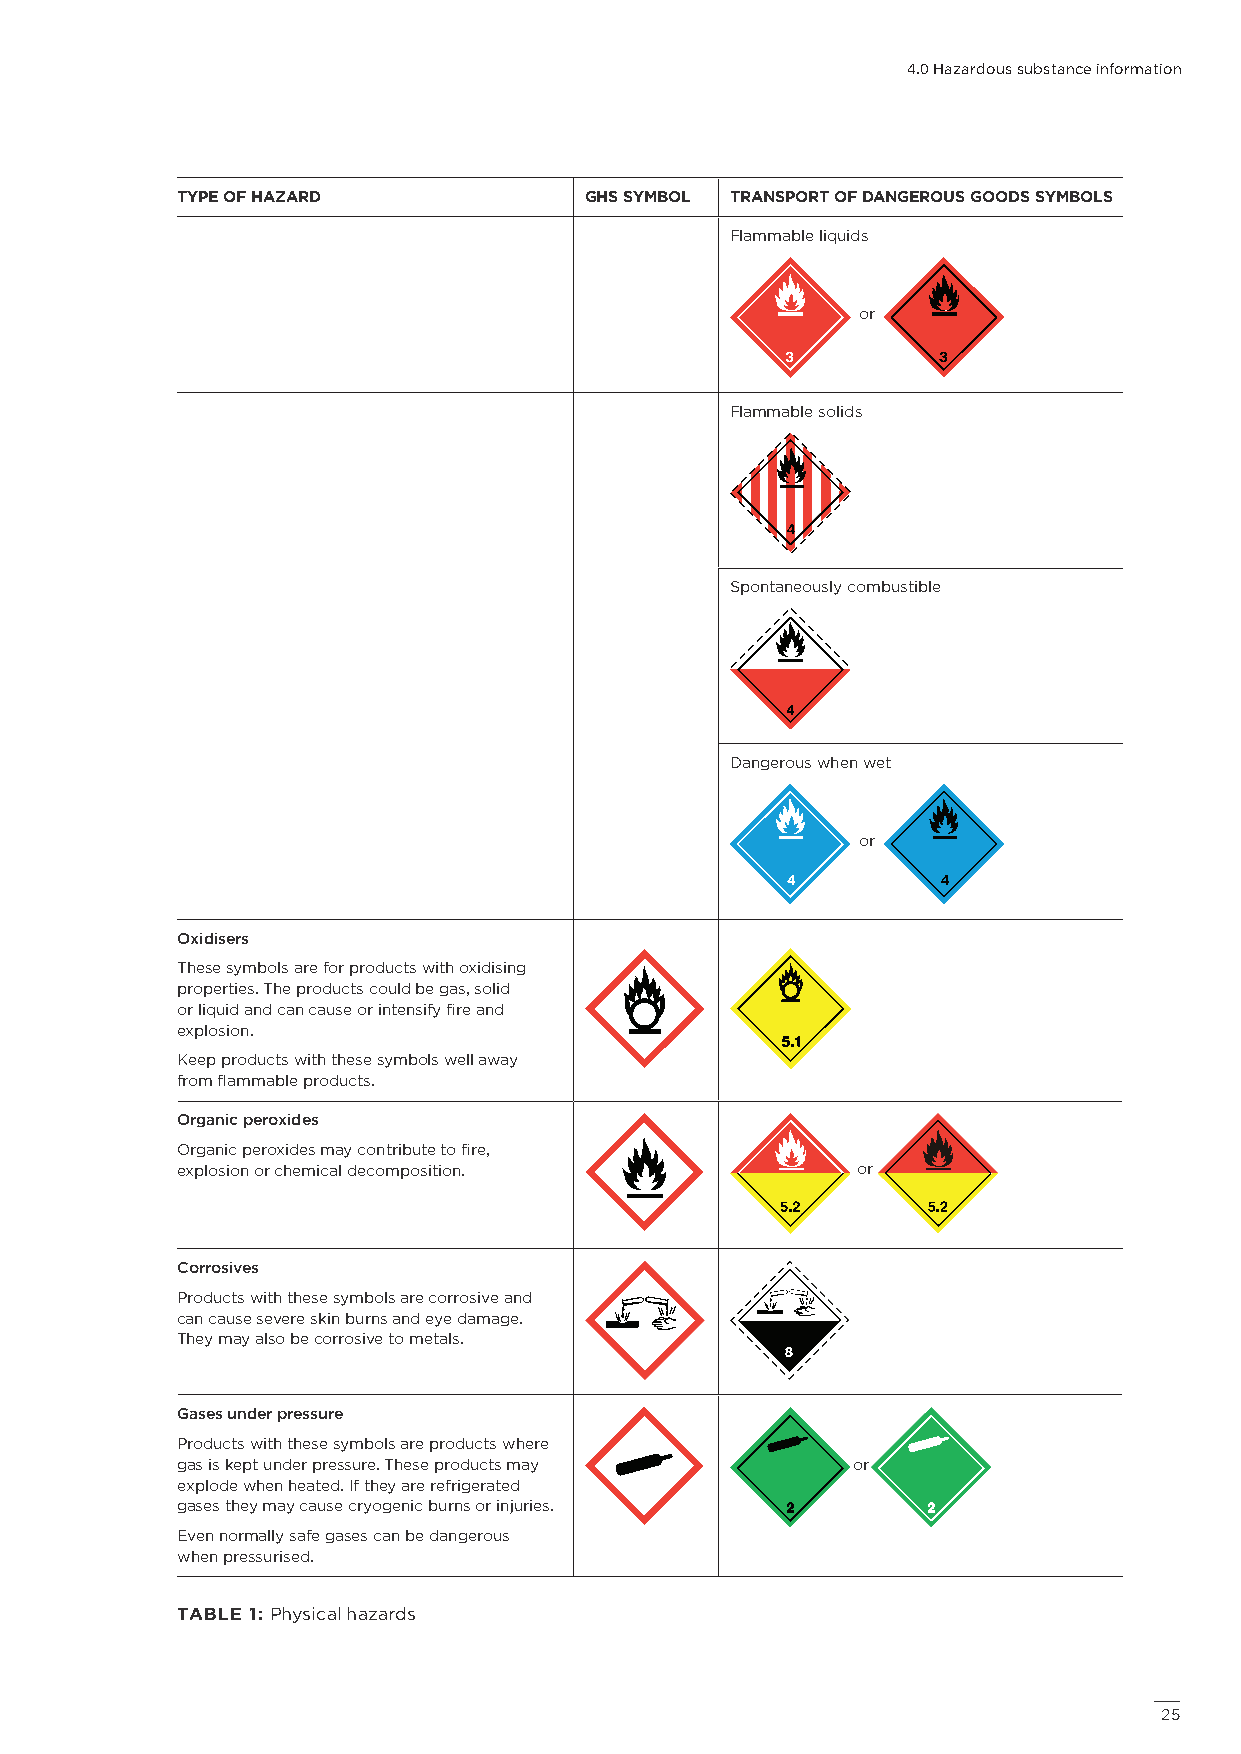
4.0 Hazardous substance information
 TYPE OF HAZARD             GHS SYMBOL TRANSPORT OF DANGEROUS GOODS SYMBOLS
 Flammable liquids
 or
 Flammable solids
 Spontaneously combustible
 Dangerous when wet
 or
 Oxidisers
 These symbols are for products with oxidising
 properties. The products could be gas, solid
 or liquid and can cause or intensify fire and
 explosion.
 Keep products with these symbols well away
 from flammable products.
 Organic peroxides
 Organic peroxides may contribute to fire,
 explosion or chemical decomposition.         or
 Corrosives
 Products with these symbols are corrosive and
 can cause severe skin burns and eye damage.
 They may also be corrosive to metals.
 Gases under pressure
 Products with these symbols are products where
 gas is kept under pressure. These products may or
 explode when heated. If they are refrigerated
 gases they may cause cryogenic burns or injuries.
 Even normally safe gases can be dangerous
 when pressurised.
 TABLE 1: Physical hazards
 2255